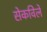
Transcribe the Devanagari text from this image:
सेकविले